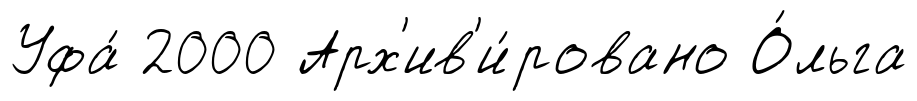
Уфа́ 2000 Арх'ив'и́ровано О́льга